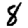
Digit: 8